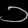
Digit: ၁